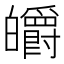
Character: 皭